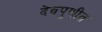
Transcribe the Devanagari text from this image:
देवपुणीत